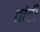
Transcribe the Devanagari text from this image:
तांटी